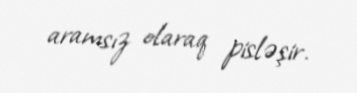
aramsız olaraq pisləşir.